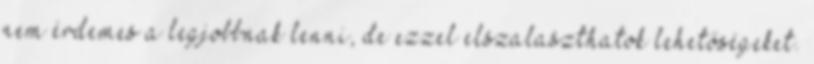
nem érdemes a legjobbnak lenni, de ezzel elszalaszthatok lehetőségeket.